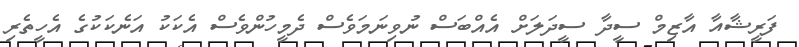
ފަރީޝާއާ އާޒިމް ސީދާ ސީދަލަށް އެއްބަސް ނުވިނަމަވެސް ދެމީހުންވެސް އެކަކު އަނެކަކުގެ އެހީތެރި